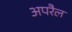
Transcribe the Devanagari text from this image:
अपरैल